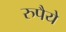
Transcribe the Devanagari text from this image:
रुपैये